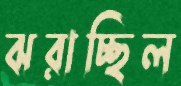
ঝরাচ্ছিল